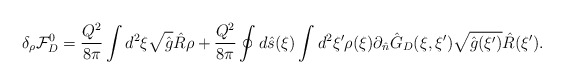
\begin{align*}{\delta_{\rho}}{\mathcal{F}_D^0}={{Q^2}\over{8\pi}}\int{d^2}\xi\sqrt{\hat{g}}\hat{R}\rho+{{Q^2}\over{8\pi}}\oint{d}\hat{s}(\xi)\int{d^2}\xi'\rho(\xi){\partial_{\hat{n}}}{\hat{G}_D}(\xi,\xi')\sqrt{\hat{g}(\xi')}\hat{R}(\xi').\end{align*}